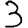
Digit: 3